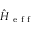
\hat { H } _ { \mathrm { ~ e ~ f ~ f ~ } }